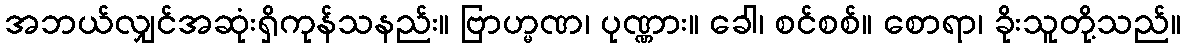
အဘယ်လျှင်အဆုံးရှိကုန်သနည်း။ ဗြာဟ္မဏ၊ ပုဏ္ဏား။ ခေါ၊ စင်စစ်။ စောရာ၊ ခိုးသူတို့သည်။